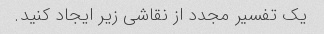
یک تفسیر مجدد از نقاشی زیر ایجاد کنید.